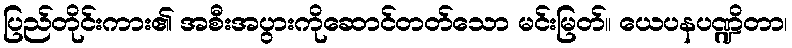
ပြည်တိုင်းကား၏ အစီးအပွားကိုဆောင်တတ်သော မင်းမြတ်။ ယေပနပဏ္ဍိတာ၊